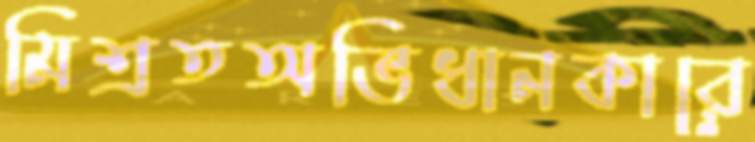
মিশ্রতঅভিধানকারে